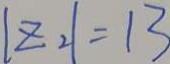
\vert z _ { 2 } \vert = 1 3